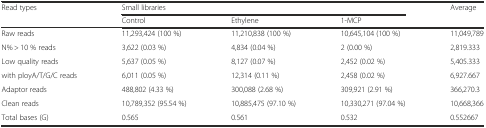
| <ROWSPAN=2> Read types | <COLSPAN=3> Small libraries | <ROWSPAN=2> Average |
 | Control | Ethylene | 1-MCP |
 | --- | --- | --- | --- | --- |
 | Raw reads | 11,293,424 (100 %) | 11,210,838 (100 %) | 10,645,104 (100 %) | 11,049,789 |
 | N% > 10 % reads | 3,622 (0.03 %) | 4,834 (0.04 %) | 2 (0.00 %) | 2,819.333 |
 | Low quality reads | 5,637 (0.05 %) | 8,127 (0.07 %) | 2,452 (0.02 %) | 5,405.333 |
 | with ployA/T/G/C reads | 6,011 (0.05 %) | 12,314 (0.11 %) | 2,458 (0.02 %) | 6,927.667 |
 | Adaptor reads | 488,802 (4.33 %) | 300,088 (2.68 %) | 309,921 (2.91 %) | 366,270.3 |
 | Clean reads | 10,789,352 (95.54 %) | 10,885,475 (97.10 %) | 10,330,271 (97.04 %) | 10,668,366 |
 | Total bases (G) | 0.565 | 0.561 | 0.532 | 0.552667 |